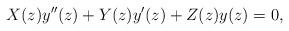
LaTeX: \begin{align*} X(z) y''(z) + Y(z) y'(z) + Z(z) y(z) = 0, \end{align*}